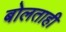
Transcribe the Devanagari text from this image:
बोलताही